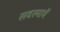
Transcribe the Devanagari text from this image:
सदस्यायें